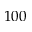
1 0 0